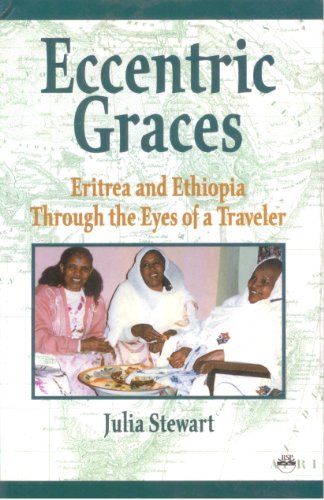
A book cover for Eccentric Graces: Eritrea and Ethiopia Through the Eyes of a Traveler; Julia Stewart; Travel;